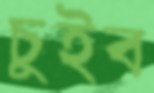
চুইব